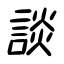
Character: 談